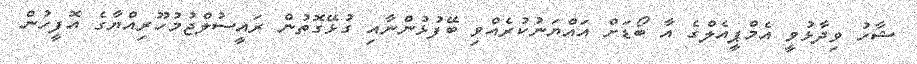
ޝާހު ވިދާޅުވީ އެމްޕީއެލްގެ އާ ބޯޑަށް އައްޔަނުކުރެއްވި ބޭފުޅުންނާއި ގުޅޭގޮތުން ރައީސުލްޖުމުހޫރިއްޔާގެ އޮފީހުން